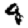
Digit: 4